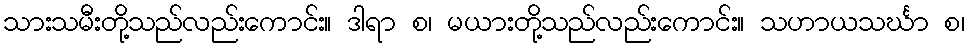
သားသမီးတို့သည်လည်းကောင်း။ ဒါရာ စ၊ မယားတို့သည်လည်းကောင်း။ သဟာယသင်္ဃာ စ၊